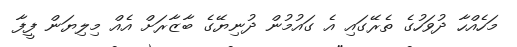
މަހެއްހާ ދުވަހުގެ ތެރޭގައި އެ ގައުމުން ދުނިޔޭގެ ބާޒާރަށް އެއް މިލިޔަން ފީފާ